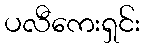
ပလီကေးရှင်း